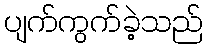
ပျက်ကွက်ခဲ့သည်